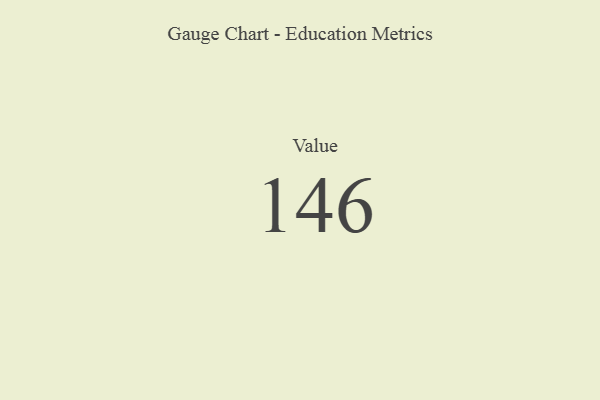
{"axis": {"x": "Metric", "y": "Value"}, "legend": [""], "data": [{"x": "Value", "y": 146, "type": ""}]}